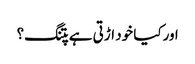
اورکیا خود اڑتی ہے پتنگ؟